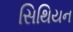
સિથિયન